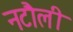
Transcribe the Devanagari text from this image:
नटौली